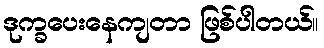
ဒုက္ခပေးနေကျတာ ဖြစ်ပါတယ်။